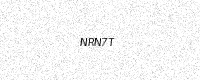
Text: NRN7T